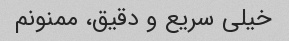
خیلی سریع و دقیق، ممنونم